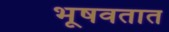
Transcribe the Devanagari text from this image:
भूषवतात